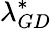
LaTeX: \lambda_{GD}^{*}